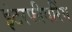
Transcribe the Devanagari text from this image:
इंटरफीयरिंग